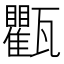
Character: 𱰔